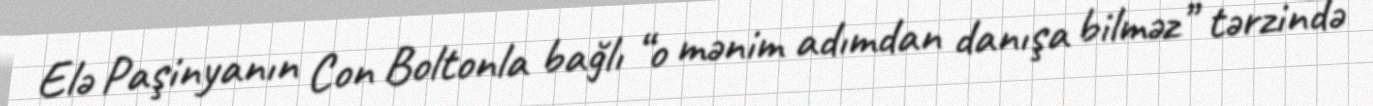
Elə Paşinyanın Con Boltonla bağlı “o mənim adımdan danışa bilməz” tərzində